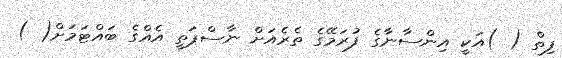
ފިތް ( )އަކީ އިންސާނާގެ ފުރަމޭގެ ތެރެއަށް ނާސްޕަތީ އެއްގެ ބައްޓަމަށް( )